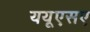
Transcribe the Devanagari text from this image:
ययूएसए